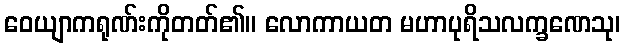
ဝေယျာကရုဏ်းကိုတတ်၏။ လောကာယတ မဟာပုရိသလက္ခဏေသု၊